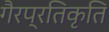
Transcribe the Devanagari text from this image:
गैरप्रतिकृति